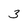
Character: 3